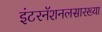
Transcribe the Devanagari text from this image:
इंटरनॅशनलसारख्या